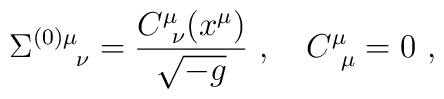
\Sigma^{(0)\mu}_{\quad \ \nu} = {C^\mu_{\ \nu} (x^\mu) \over \sqrt{-g} }                                  \ , \quad C^\mu_{\ \mu} =0  \ ,